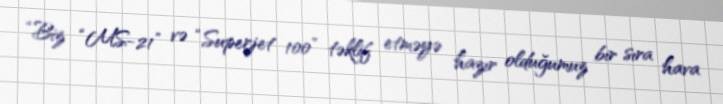
“Biz “MS-21” və “Superjet 100” təklif etməyə hazır olduğumuz bir sıra hava